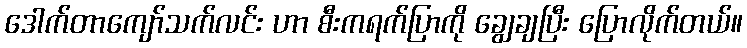
ဒေါက်တာကျော်သက်လင်း ဟာ စီးကရက်ပြာကို ချွေချပြီး ပြောလိုက်တယ်။